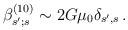
LaTeX: \begin{align*}\beta^{(10)}_{s';s}\sim 2G\mu_0\delta_{s',s}\, .\end{align*}